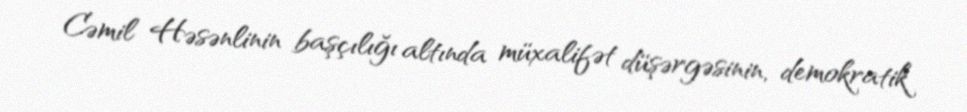
Cəmil Həsənlinin başçılığı altında müxalifət düşərgəsinin, demokratik